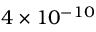
4 \times 1 0 ^ { - 1 0 }